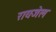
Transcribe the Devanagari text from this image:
रायजेल